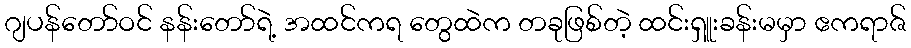
ဂျပန်တော်ဝင် နန်းတော်ရဲ့ အထင်ကရ တွေထဲက တခုဖြစ်တဲ့ ထင်းရှူးခန်းမမှာ ဧကရာဇ်